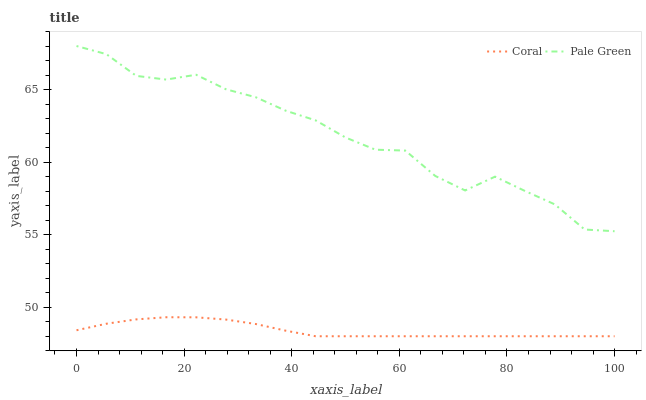
| xaxis_label | Coral | Pale Green |
 | --- | --- | --- |
 | 0 | 48.4 | 68 |
 | 5.56 | 48.9 | 67.4 |
 | 11.1 | 49.2 | 65.9 |
 | 16.7 | 49.3 | 65.7 |
 | 22.2 | 49.3 | 66 |
 | 27.8 | 49.1 | 65 |
 | 33.3 | 48.8 | 64.5 |
 | 38.9 | 48.4 | 63.5 |
 | 44.4 | 48 | 62.9 |
 | 50 | 48 | 61.7 |
 | 55.6 | 48 | 60.9 |
 | 61.1 | 48 | 60.8 |
 | 66.7 | 48 | 59 |
 | 72.2 | 48 | 58 |
 | 77.8 | 48 | 59 |
 | 83.3 | 48 | 58 |
 | 88.9 | 48 | 57.1 |
 | 94.4 | 48 | 55.4 |
 | 100 | 48 | 55.2 |